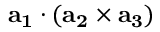
\mathbf { a _ { 1 } } \cdot ( \mathbf { a _ { 2 } } \times \mathbf { a _ { 3 } } )